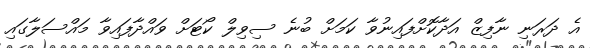
އެ ދަރަނި ނާފިޒް އަދާކޮށްފައިނުވާ ކަމަށް ބުނެ ސިވިލް ކޯޓަށް ވައްދާފައިވާ މައްސަލާގައި